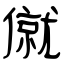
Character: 僦